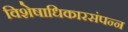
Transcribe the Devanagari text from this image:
विशेषाधिकारसंपन्न